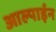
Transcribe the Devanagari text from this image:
आल्पाईन